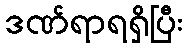
ဒဏ်ရာရရှိပြီး